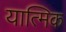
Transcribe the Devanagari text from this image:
यात्मिक